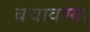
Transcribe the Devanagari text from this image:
बचावण्या